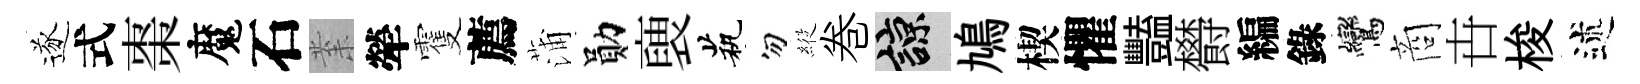
遂式棗魔石𭪙犖䨥薦蒲勛褏茕勿𦂵巻諒鳩楔懼豔欎編錄鸞商卋梭述